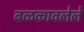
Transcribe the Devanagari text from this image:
बळकावलेले